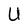
Character: U